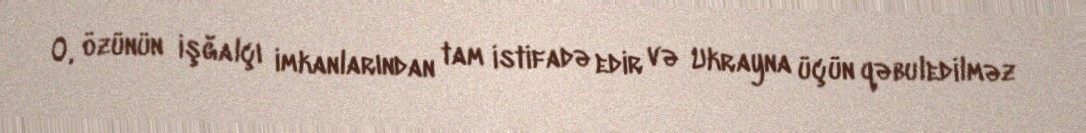
O, özünün işğalçı imkanlarından tam istifadə edir və Ukrayna üçün qəbuledilməz